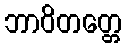
ဘာဝိတတ္တေ